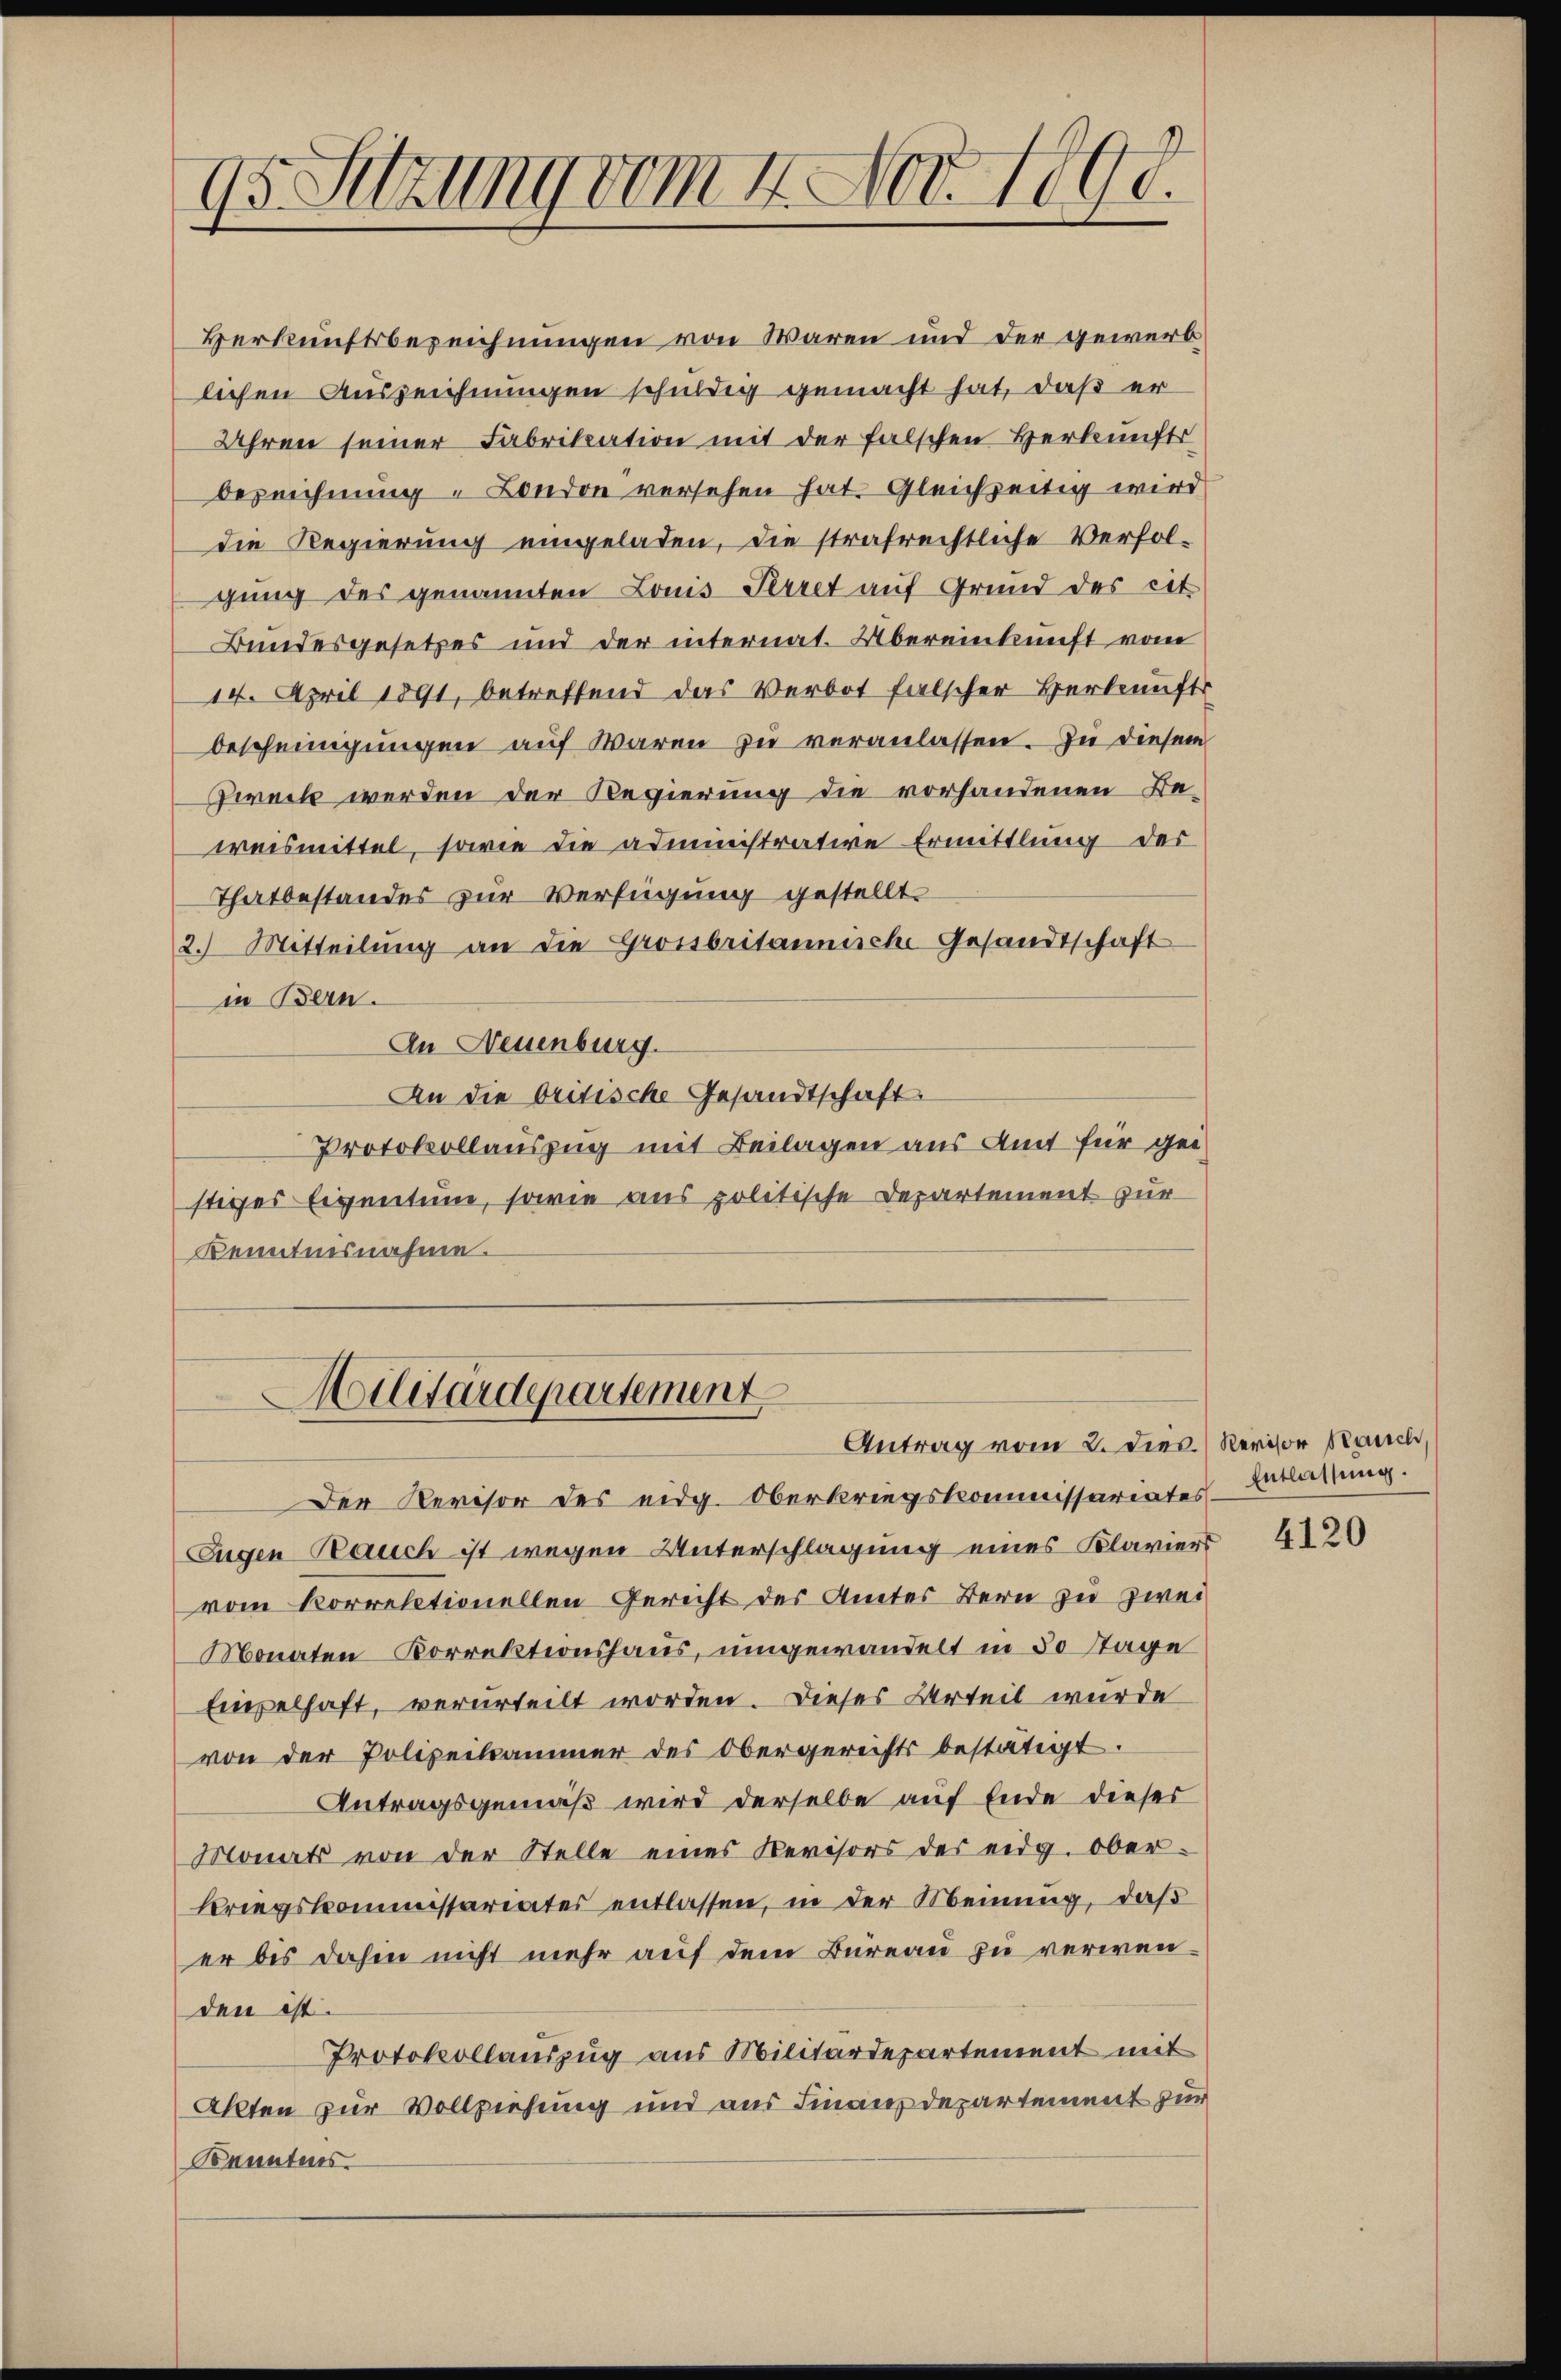
95 Sitzung vom 4. Nov. 1890.

Berkunftsbezeichnungen von waren und der gewerblichen Auszeichnungen schuldig gemacht hat, daß er
Uhren seiner Fabrikation mit der falschen Herkunfts
bezeichnung " London versehen hat. Gleichzeitig wird
Die Regierung eingeladen, die strafrechtliche Verfolgung des genannten Louis Perret auf Grund des cit.
Bundesgesetzes und der internat. Übereinkunft vom
14. April 1891, betreffend das Verbot falscher Herkunft
bescheinigŭngen aŭf waren zŭ veranlassen. Zu diesem
Zweck werden der Regierung die vorhandenen Beweismittel, sowie die administrative Ermittlung des
Thatbestandes zur Verfügung gestellt.
2.) Mitteilŭng an die Grossbritannische Gesandtschaft
in Bern.
In Neuenburg.
An die britische Gesandtschaft
Protokollauszug mit Beilagen aus Amt für ge
stiges Eigentum, sowie aus politische Departement zur
Kenntnisnahme.
Militärdepartement
Antrag vom 2. Dieb. Revisor Rauch,
Der Revisor des eidg. Oberkriegskommissariates Erlassung.
Fugen Bauch ist wegen Unterschlagung eines Klaviers
vom Korrektionellen Gericht des Amtes Bern zu zwei
Monaten Korrektionshaus, umgewandelt in 30 Tage
Eipelhaft, verurteilt worden. Dieses Urteil wurde
von der Polizeikammer des Obergerichts bestätigt.
Antragsgemäß wird derselbe auf Ende dieses
Monats von der Stelle eines Revisors der eidg. ober¬
Kriegskommissariates entlassen, in der Meinung, daß
er bis dahin nicht mehr auf dem Bureau zu verwenden ist.
Protokollauszug aus Militärdepartement mit
Allten zur Vollziehung und aus Finanzdepartement zur
Bannters

4120